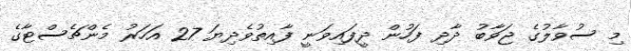
މި ސުވާލުގެ ޖަވާބު ދާދި ފަހުން ދީފައިވަނީ ފާއިތުވެދިޔަ 27 އަހަރު މެންޗެސްޓާގެ